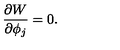
\frac { \partial W } { \partial \phi _ { j } } = 0 .